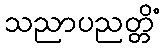
သညာပညတ္တိံ